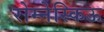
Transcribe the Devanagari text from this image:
रोम्नेस्किऊ